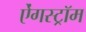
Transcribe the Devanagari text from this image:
ऐंगस्ट्रॉम